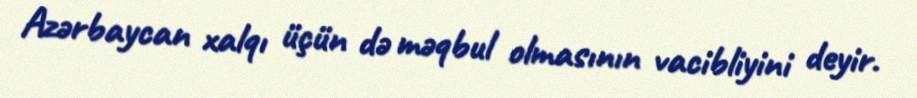
Azərbaycan xalqı üçün də məqbul olmasının vacibliyini deyir.